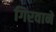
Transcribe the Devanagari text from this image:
गिरवाने